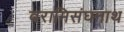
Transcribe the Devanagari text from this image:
वरामिसंघनाथ